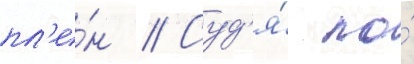
пл'е́н // Суд'я́ по́